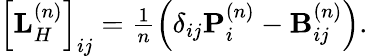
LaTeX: \begin{array}{r}{\left[\mathbf{L}_{H}^{\left(n\right)}\right]_{ij}=\frac{1}{n}\left(\delta_{ij}\mathbf{P}_{i}^{\left(n\right)}-\mathbf{B}_{ij}^{\left(n\right)}\right).}\end{array}